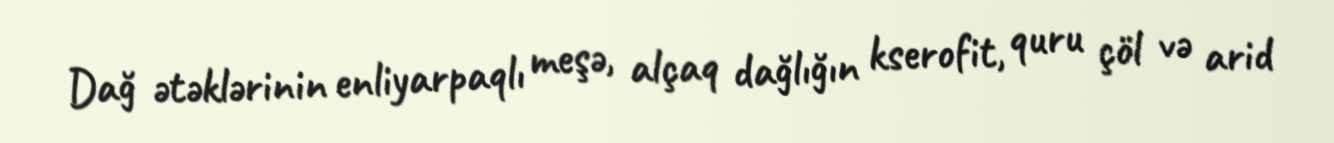
Dağ ətəklərinin enliyarpaqlı meşə, alçaq dağlığın kserofit, quru çöl və arid